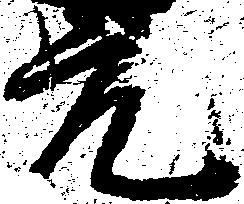
元